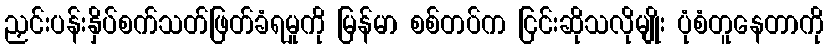
ညှင်းပန်းနှိပ်စက်သတ်ဖြတ်ခံရမှုကို မြန်မာ စစ်တပ်က ငြင်းဆိုသလိုမျိုး ပုံစံတူနေတာကို